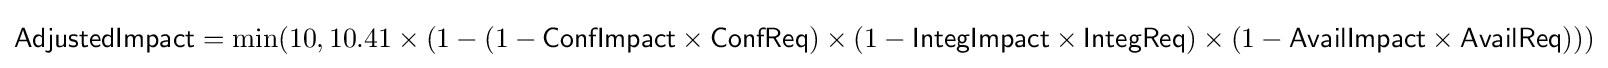
{\textsf {AdjustedImpact}}=\min(10,10.41\times (1-(1-{\textsf {ConfImpact}}\times {\textsf {ConfReq}})\times (1-{\textsf {IntegImpact}}\times {\textsf {IntegReq}})\times (1-{\textsf {AvailImpact}}\times {\textsf {AvailReq}})))